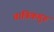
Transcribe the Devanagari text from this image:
तांत्रिकगुरु